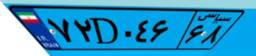
۷۲D۰۴۶۶۸